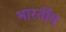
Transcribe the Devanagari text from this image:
भारर्तीय